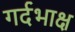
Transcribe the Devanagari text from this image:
गर्दभाक्ष